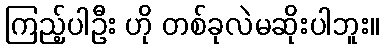
ကြည့်ပါဦး ဟို တစ်ခုလဲမဆိုးပါဘူး။